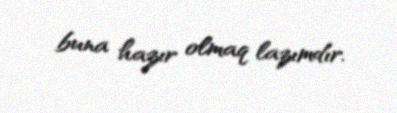
buna hazır olmaq lazımdır.